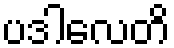
ပဒါလေတိ